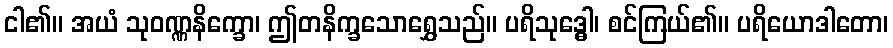
ငါ၏။ အယံ သုဝဏ္ဏနိက္ခော၊ ဤတနိက္ခသောရွှေသည်။ ပရိသုဒ္ဓေါ၊ စင်ကြယ်၏။ ပရိယောဒါတော၊